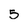
Character: 5